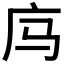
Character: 𰏲